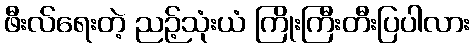
ဖီးလ်ရေးတဲ့ ညဉ့်သုံးယံ ကြိုးကြီးတီးပြပါလား